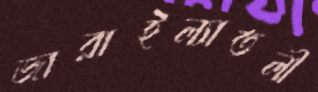
জারাইল্যাতলী